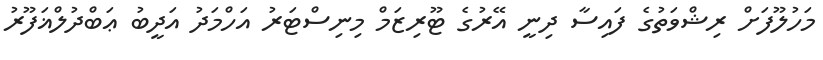
މަހުލޫފަށް ރިޝްވަތުގެ ފައިސާ ދިނީ އޭރުގެ ޓޫރިޒަމް މިނިސްޓަރު އަހްމަދު އަދީބު ޢަބްދުލްޣަފޫރު